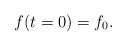
LaTeX: \begin{align*} f(t=0)=f_{0}. \end{align*}